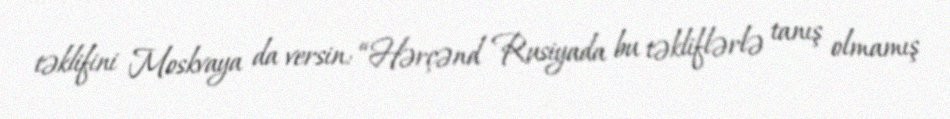
təklifini Moskvaya da versin: “Hərçənd Rusiyada bu təkliflərlə tanış olmamış